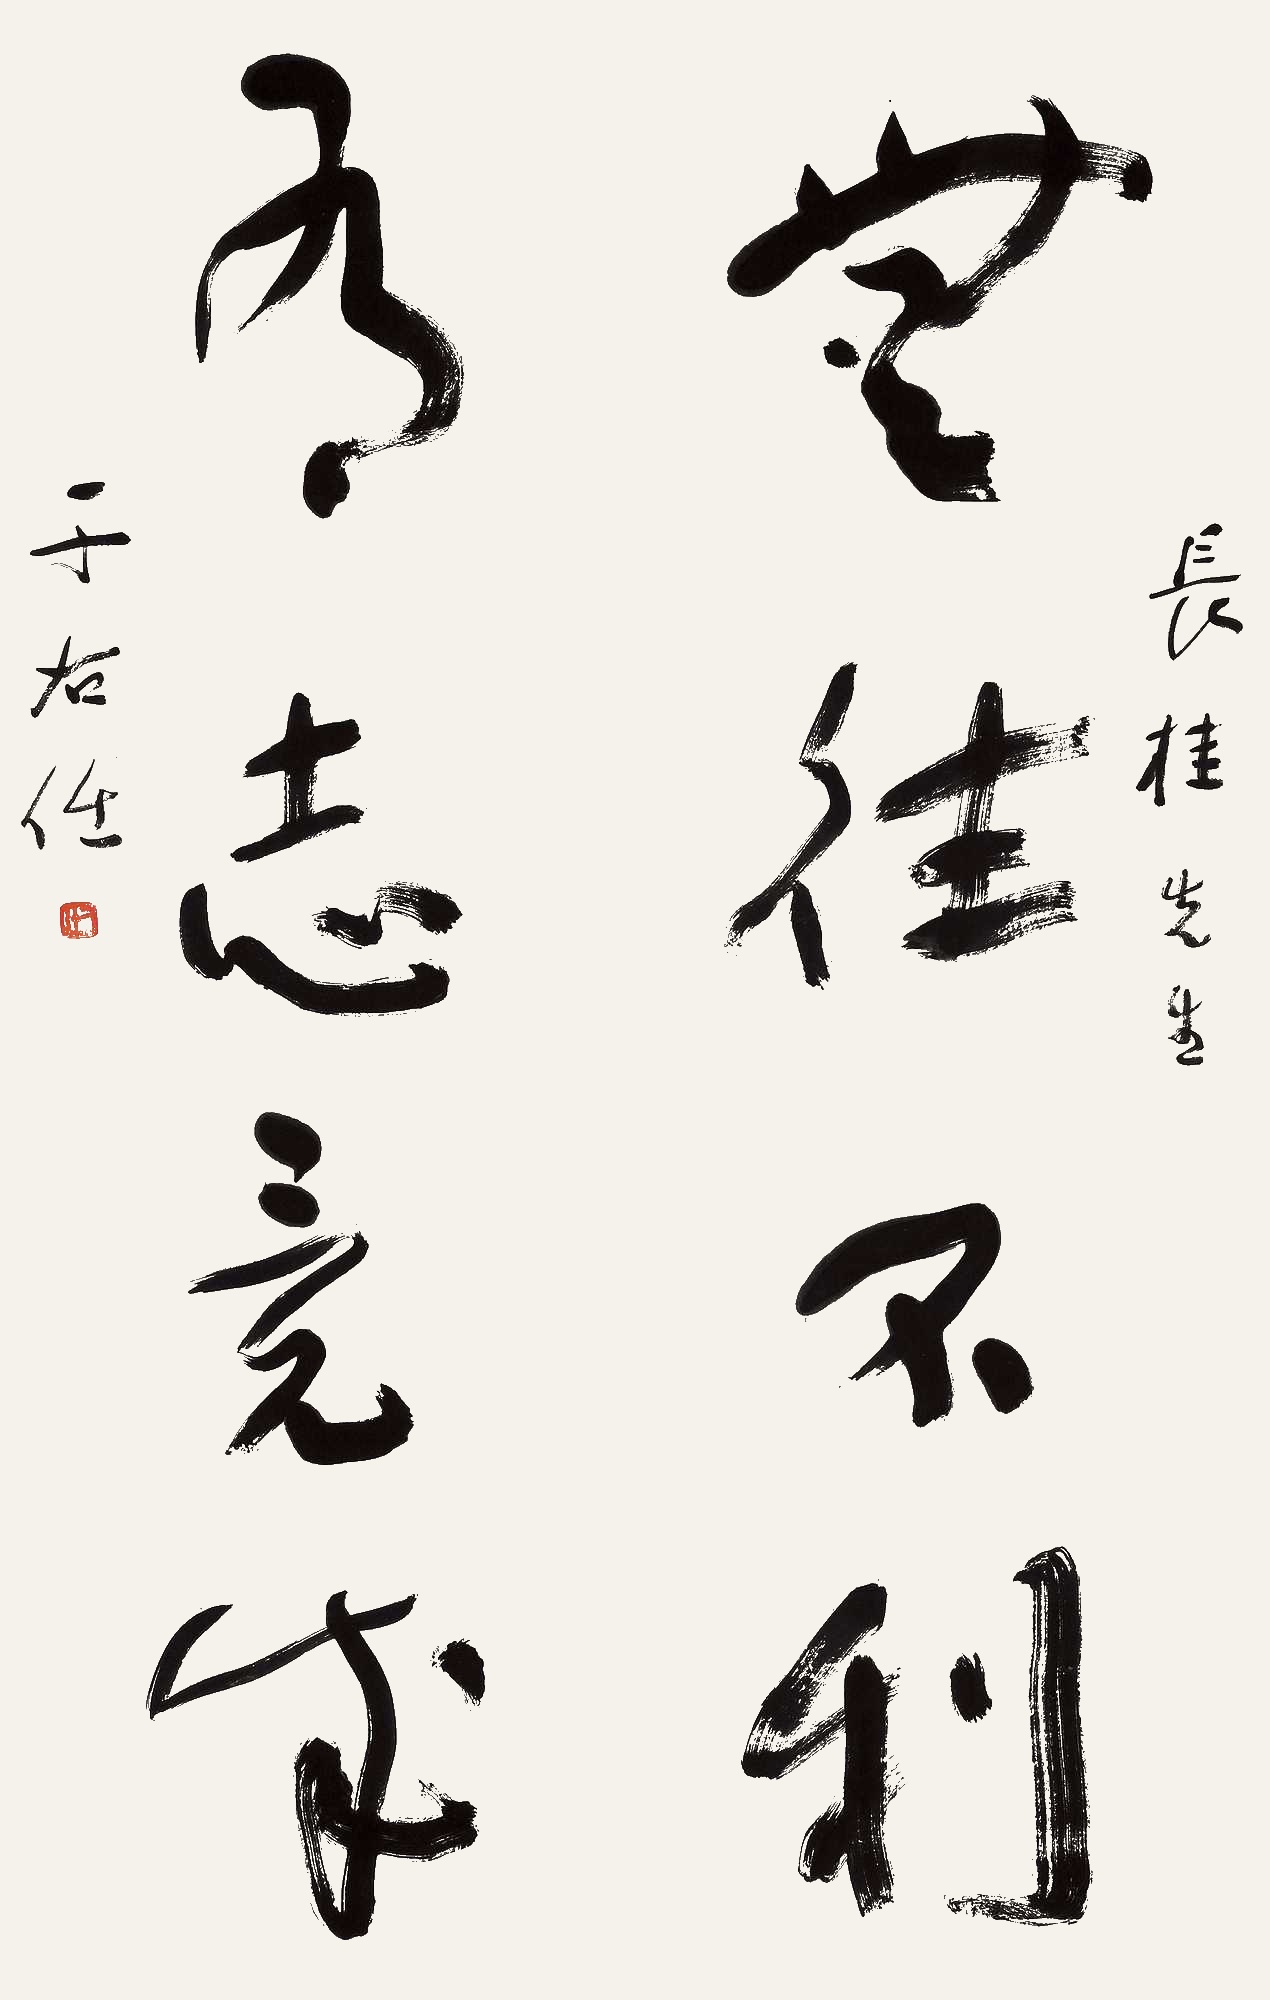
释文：无往不利，吾志竟成。长桂先生，于右任。